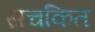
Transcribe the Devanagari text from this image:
सचकित